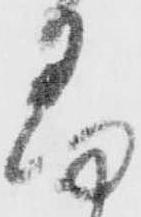
易